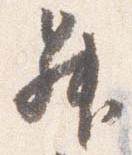
昇